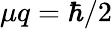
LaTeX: \mu q=\hbar/2